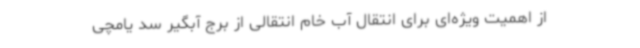
از اهمیت ویژه‌ای برای انتقال آب خام انتقالی از برج آبگیر سد یامچی